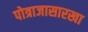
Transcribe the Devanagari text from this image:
पोत्राजासारखा